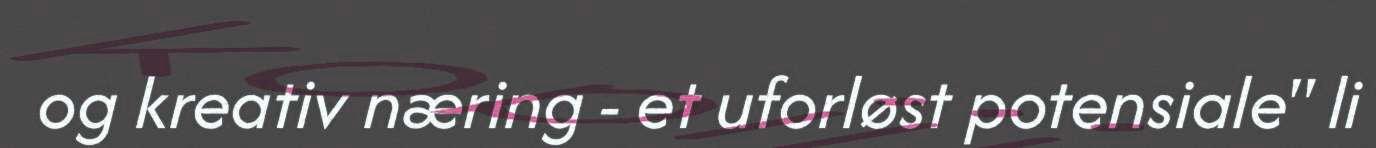
og kreativ næring - et uforløst potensiale" li